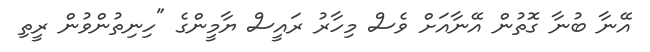
އޭނާ ބުނާ ގޮތުން އޭނާއަށް ވެސް މިހާރު ރައީސް ޔާމީންގެ "ހިނިތުންވުން ރީތި